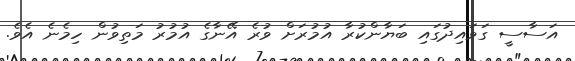
އަސާސީ ގަވައިދުގައި ބަޔާންކުރާ އުމުރަށް ވުރެ އޭނާގެ އުމުރު މަތިވުން ހިމެނެ އެވެ.